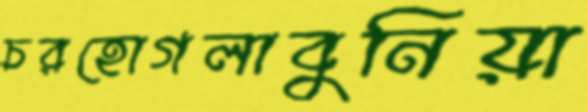
চরহোগলাবুনিয়া